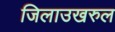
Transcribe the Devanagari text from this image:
जिलाउखरुल